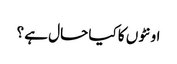
اونٹوں کا کیا حال ہے ؟